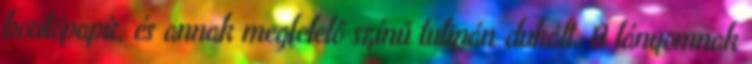
borítópapír, és annak megfelelő színű tulipán dukált. A lányomnak